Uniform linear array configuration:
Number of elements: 24
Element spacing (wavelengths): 0.25
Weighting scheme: exponential
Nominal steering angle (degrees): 60
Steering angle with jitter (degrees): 58.057
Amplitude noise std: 0.05
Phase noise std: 0.05

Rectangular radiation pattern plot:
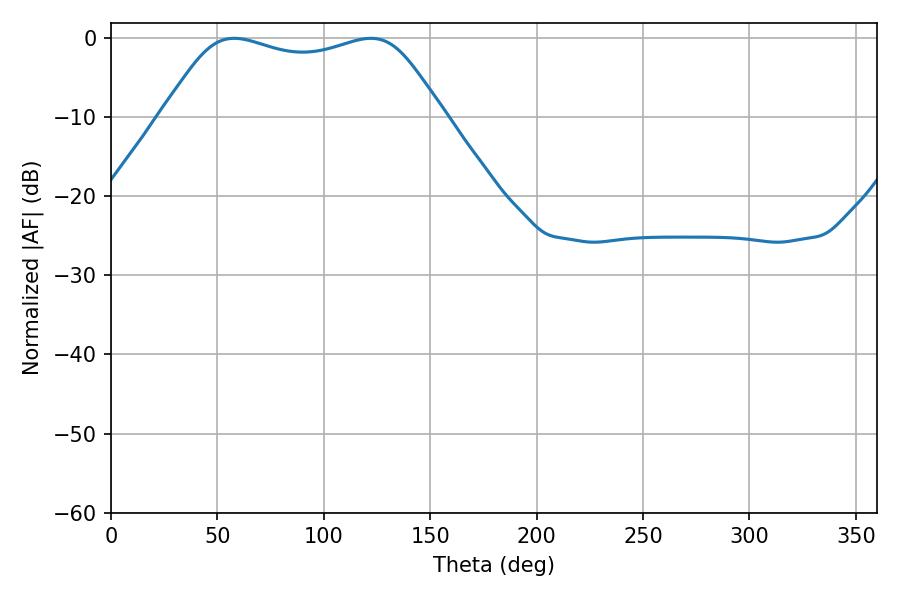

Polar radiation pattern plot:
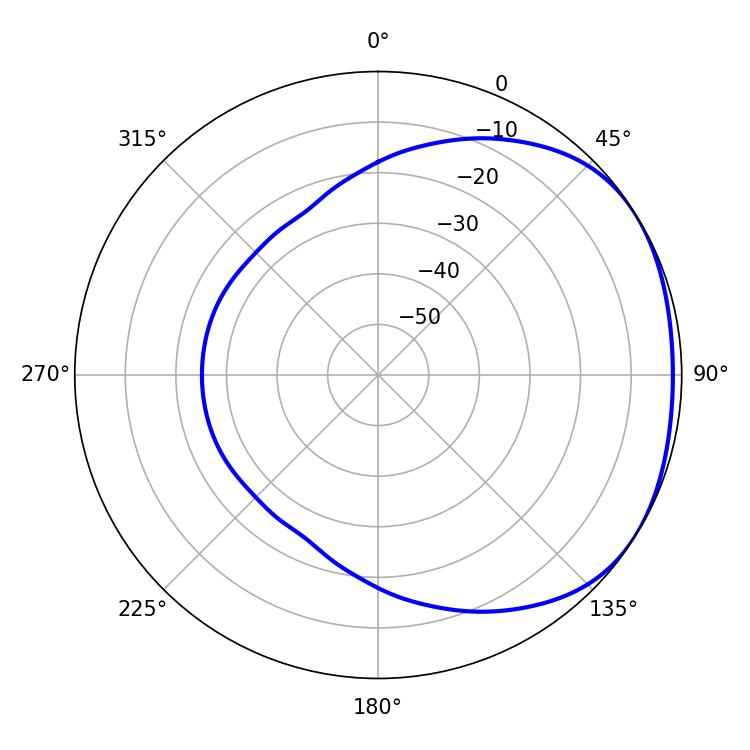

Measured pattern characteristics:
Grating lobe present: FALSE
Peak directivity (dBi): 1.723
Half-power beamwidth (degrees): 100.8
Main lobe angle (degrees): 57.96